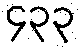
၄၃၃